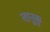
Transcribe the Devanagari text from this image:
तानुकु